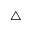
\triangle